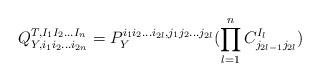
LaTeX: \begin{align*}Q_{Y,i_1 i_2 ... i_{2n}}^{T, I_1 I_2 ... I_n} = P_Y^{i_1 i_2 ...i_{2l}, j_1 j_2 ...j_{2l}} (\prod_{l=1}^n C_{j_{2l-1} j_{2l}}^{I_l})\end{align*}